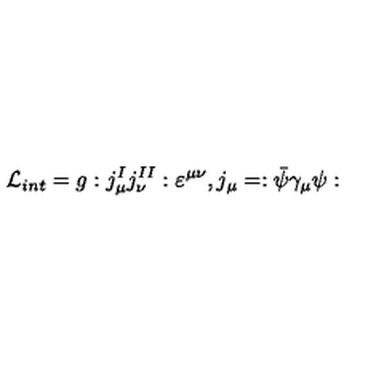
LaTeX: { \cal L } _ { i n t } = g : j _ { \mu } ^ { I } j _ { \nu } ^ { I I } : \varepsilon ^ { \mu \nu } , j _ { \mu } = : \bar { \psi } \gamma _ { \mu } \psi :